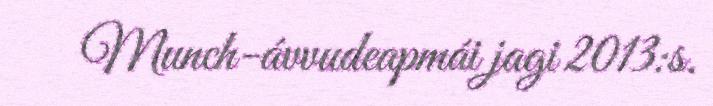
Munch-ávvudeapmái jagi 2013:s.